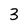
Character: 3